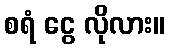
စရံ ငွေ လိုလား။